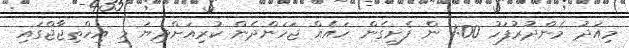
މިއަދު މެންދުރުފަހު 1:00 ން ފެށިގެން ހައެއް ޖަހަންދެން ކުރިއަށްދިޔަ މި އިހްތިޖާޖްގައި